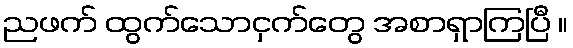
ညဖက် ထွက်သောငှက်တွေ အစာရှာကြပြီ ။